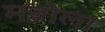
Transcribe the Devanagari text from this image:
मज्जोला